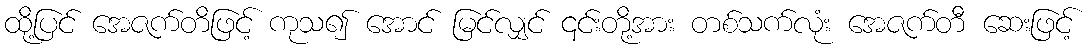
ထို့ပြင် အေဇက်တိဖြင့် ကုသ၍ အောင် မြင်လျှင် ၎င်းတို့အား တစ်သက်လုံး အေဇက်တီ ဆေးဖြင့်